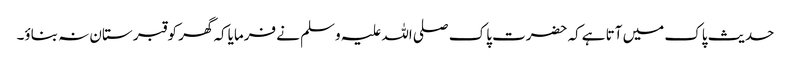
حدیث پاک میں آتا ہےکہ حضرت پاک صلی اللہ علیہ وسلم نے فرمایاکہ گھر کو قبر ستان نہ بناؤ۔